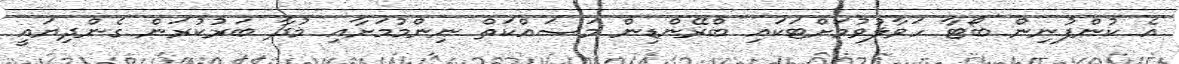
އެ ކުންފުނިން ބޯޓާ ހަވާލުވުމަށްޓަކައި ބްރޭންޑިން މަސައްކަތް ނިންމުމަށާއި މުދާ ބަރުކުރަން ގެންދިޔައީ